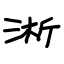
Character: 淅